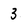
Character: 3